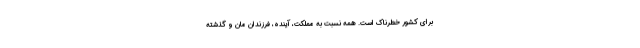
برای کشور خطرناک است. همه نسبت به مملکت، آینده، فرزندان مان و گذشته